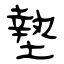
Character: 墊